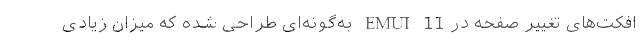
افکت‌های تغییر صفحه در EMUI 11 به‌گونه‌ای طراحی شده که میزان زیادی